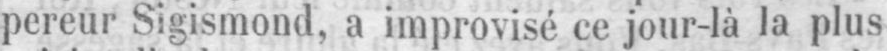
pereur Sigismond, a improvisé ce jour-là la plus